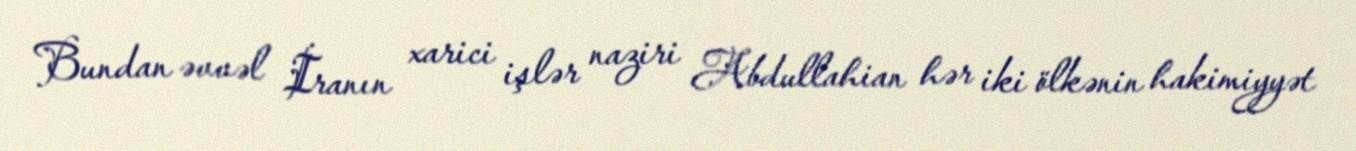
Bundan əvvəl İranın xarici işlər naziri Abdullahian hər iki ölkənin hakimiyyət